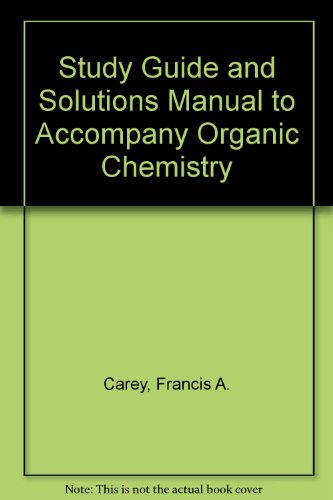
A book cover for Study Guide and Solutions Manual to Accompany Organic Chemistry; Francis A. Carey; Health, Fitness & Dieting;